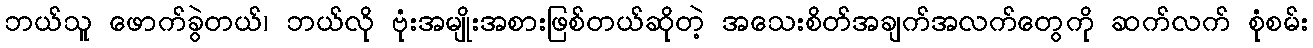
ဘယ်သူ ဖောက်ခွဲတယ်၊ ဘယ်လို ဗုံးအမျိုးအစားဖြစ်တယ်ဆိုတဲ့ အသေးစိတ်အချက်အလက်တွေကို ဆက်လက် စုံစမ်း